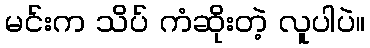
မင်းက သိပ် ကံဆိုးတဲ့ လူပါပဲ။